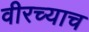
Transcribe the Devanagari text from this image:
वीरच्याच